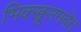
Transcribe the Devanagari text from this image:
भिक्खूसमवेत